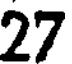
27